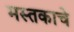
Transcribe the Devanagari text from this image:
मस्तकाचे